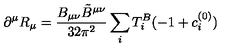
\partial ^ { \mu } R _ { \mu } = \frac { B _ { \mu \nu } { \tilde { B } } ^ { \mu \nu } } { 3 2 \pi ^ { 2 } } \sum _ { i } T _ { i } ^ { B } ( - 1 + c _ { i } ^ { ( 0 ) } )